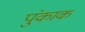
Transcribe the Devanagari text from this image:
पुंकाक